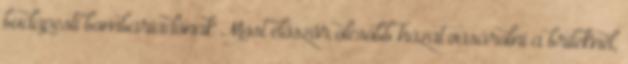
budapesti bombariadónak Most először olcsóbb házat vásárolni a briteknél,